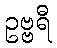
ဥဗ္ဗရီ